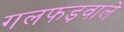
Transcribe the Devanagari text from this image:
गलफड़वाले